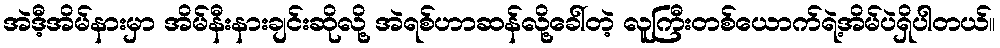
အဲဒီ့အိမ်နားမှာ အိမ်နီးနားချင်းဆိုလို့ အဲရစ်ဟာဆန်လို့ခေါ်တဲ့ လူကြီးတစ်ယောက်ရဲ့အိမ်ပဲရှိပါတယ်။